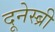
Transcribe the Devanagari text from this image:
दूनेस्ब्री